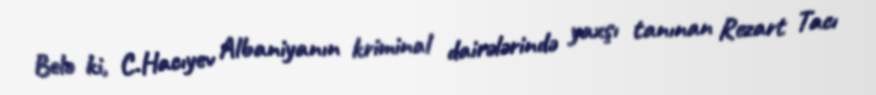
Belə ki, C.Hacıyev Albaniyanın kriminal dairələrində yaxşı tanınan Rezart Tacı